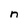
Character: n